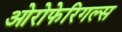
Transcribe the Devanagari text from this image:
ओरोफेरिगल्स